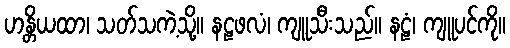
ဟန္တိယထာ၊ သတ်သကဲ့သို့။ နဠဖလံ၊ ကျူသီးသည်။ နဠံ၊ ကျူပင်ကို။